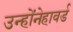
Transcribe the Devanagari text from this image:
उन्होंनेहावर्ड